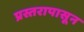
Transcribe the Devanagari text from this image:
प्रस्तरापासून